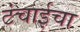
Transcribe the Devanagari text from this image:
टंचाईचा